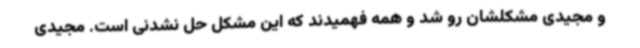
و مجیدی مشکلشان رو شد و همه فهمیدند که این مشکل حل نشدنی است. مجیدی